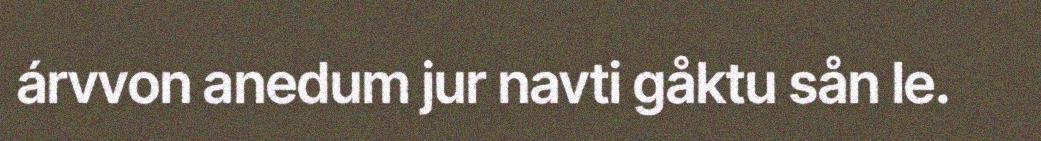
árvvon anedum jur navti gåktu sån le.